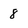
Character: 8